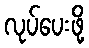
လုပ်ပေးဖို့